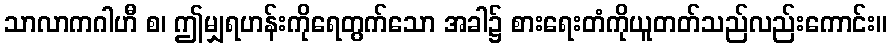
သာလာကဂါဟီ စ၊ ဤမျှရဟန်းကိုရေတွက်သော အခါ၌ စားရေးတံကိုယူတတ်သည်လည်းကောင်း။